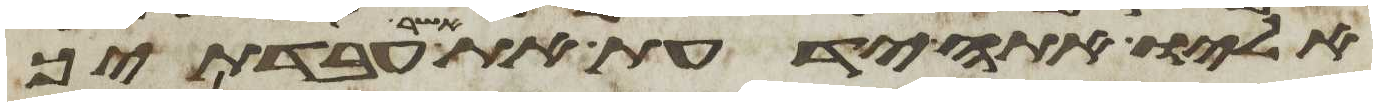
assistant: אליו אתה ידעת את אשר עבדתיך